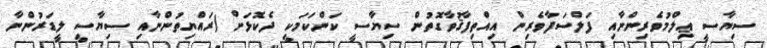
ސިޔާސީ ޢިލްމުވެރިންނާއި ފަލްސަފާވެރިން އިއްތިފާޤުވާގޮތުން ސިޔާސީ ކަންކަމަކީ ދެކޮޅަށް (ރައްޔިތުންނާއި ސިޔާސީ ލީޑަރުންނާ